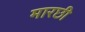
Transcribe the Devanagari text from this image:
मारछी